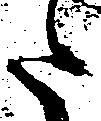
た